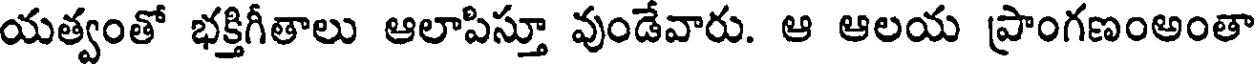
యత్వంతో భక్తిగీతాలు ఆలాపిస్తూ వుండేవారు. ఆ ఆలయ ప్రాంగణంఅంతా